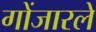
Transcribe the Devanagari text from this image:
गोंजारले